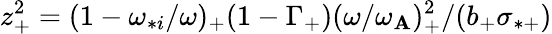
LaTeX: z_{+}^{2}=(1-\omega_{*i}/\omega)_{+}(1-\Gamma_{+})(\omega/\omega_{\mathbf{A}})_{+}^{2}/(b_{+}\sigma_{*+})